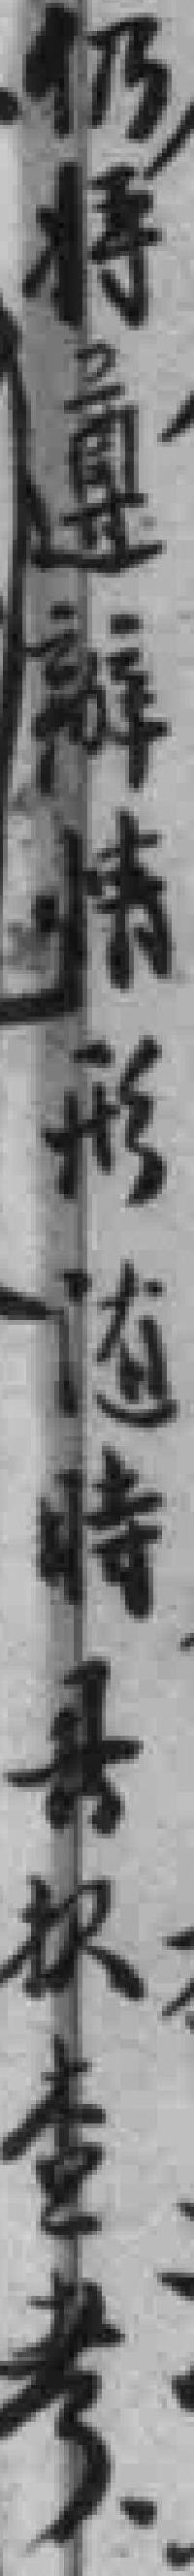
仍将遵辦情形随時善択查考